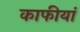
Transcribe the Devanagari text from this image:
काफीयां